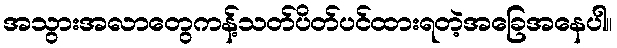
အသွားအလာတွေကန့်သတ်ပိတ်ပင်ထားရတဲ့အခြေအနေပါ။